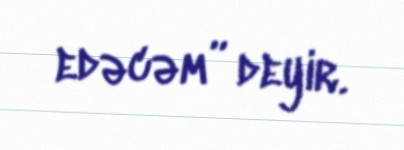
edəcəm” deyir.